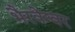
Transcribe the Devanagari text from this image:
भैरवेश्वर